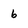
Character: 6